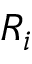
R _ { i }